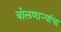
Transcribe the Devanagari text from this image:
बोलणाऱ्यांचा